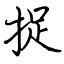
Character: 捉